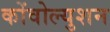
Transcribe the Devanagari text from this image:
कोंवोल्युशन